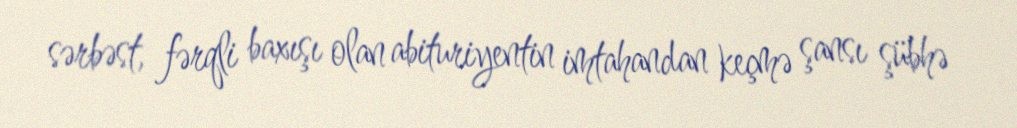
sərbəst, fərqli baxışı olan abituriyentin imtahandan keçmə şansı şübhə